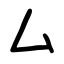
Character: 厶